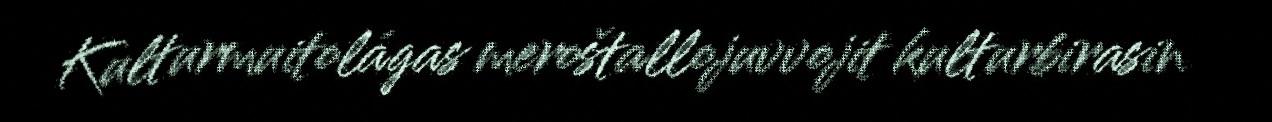
Kulturmuitolágas meroštallojuvvojit kulturbirasin